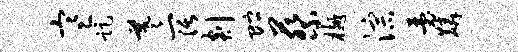
寒距羲阔剡贮蔡樾淙瑟麟